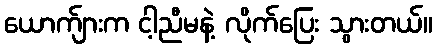
ယောက်ျားက ငါ့ညီမနဲ့ လိုက်ပြေး သွားတယ်။